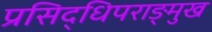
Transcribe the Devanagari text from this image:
प्रसिद्धिपराङ्मुख